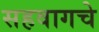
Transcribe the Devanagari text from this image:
सहवागचे